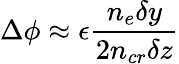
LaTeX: \Delta\phi\approx\epsilon\frac{n_{e}\delta y}{2n_{cr}\delta z}